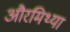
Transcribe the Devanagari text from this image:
औरमिथ्या